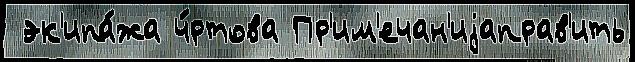
 эк'ипа́жа ч́ртова Пр'им'ечан'иjаправ'ить